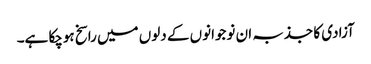
آزادی کا جذبہ ان نوجوانوں کے دلوں میں راسخ ہوچکا ہے۔